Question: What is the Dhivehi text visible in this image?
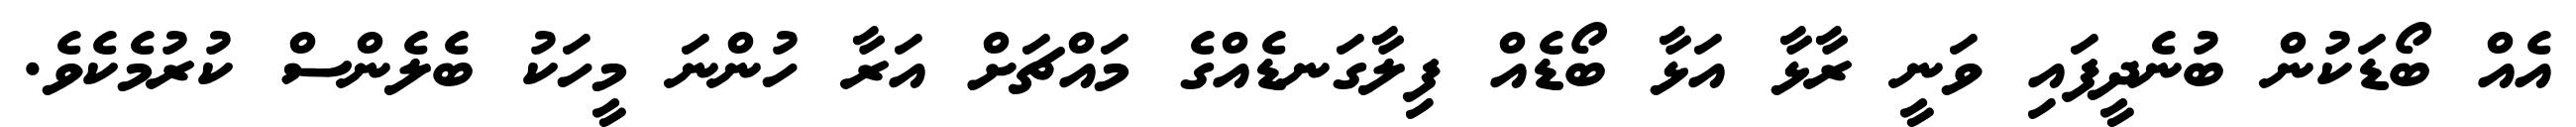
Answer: އެއް ބޯޑަކުން ބުނެދީފައި ވަނީ ރާޅާ އަޅާ ބޯޑެއް ފިލާގަނޑެއްގެ މައްޗަށް އަރާ ހުންނަ މީހަކު ބެލެންސް ކުރުމެކެވެ.